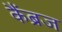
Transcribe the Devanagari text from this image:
कैंब्रज